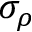
\sigma _ { \rho }